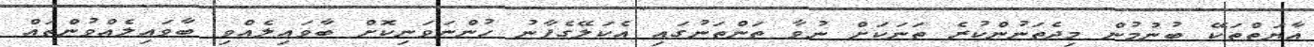
އާޔަތްތަކޭ ބުނުމުން މިދެތަނުންކުރެ ތަނަކަށް ނުވާ ތަންތަނުގައި އެކަލޭގެފާނު ހުންނަވަނިކޮށް ބާވައިލެއްވި ބާވައިލެއްވުންތައް